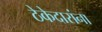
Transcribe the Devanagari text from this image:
ठेकेदारांना